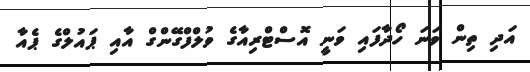
އަދި ތިން ވަނަ ހޯދާފައި ވަނީ އޮސްޓްރިއާގެ ވުލްފްގޭންގް އާއި ޕައުލްގެ ޕެއާ